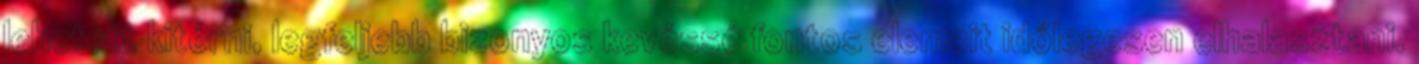
lehetett kitérni, legfeljebb bizonyos kevéssé fontos elemeit időlegesen elhalasztani.